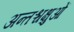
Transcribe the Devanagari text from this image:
अन्तश्चक्षुओं